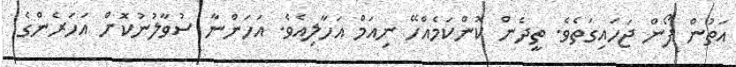
އަތުން ފޯން ޖަހައިގަތެވެ. ތީދެން ކޮންކަމެއްހޭ ނިއަމް އަހާލިއެވެ. އަހަންނާ ސުވާލުނުކޮށް އަހަރެންގެ